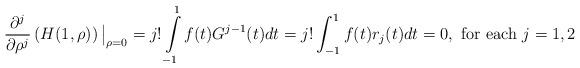
LaTeX: \begin{align*}\displaystyle \frac{\partial^{j}}{\partial \rho^{j}}\left(H(1,\rho)\right){\big|_{\rho =0}}=j!\int\limits_{-1}^1f(t)G^{j-1}(t)dt=j!\int_{-1}^1f(t)r_j(t)dt=0, \mbox{ for each } j=1,2\end{align*}